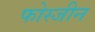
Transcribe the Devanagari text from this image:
फोस्जीन